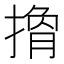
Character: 𢲍